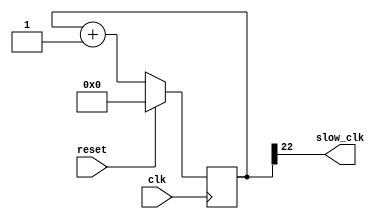
`timescale 1ns / 1ps
//////////////////////////////////////////////////////////////////////////////////
// Company: 
// Engineer: 
// 
// Design Name: 
// Module Name: clk_div_an1
// Project Name: 
// Target Devices: 
// Tool Versions: 
// Description: 
// 
// Dependencies: 
// 
// Revision:
// Revision 0.01 - File Created
// Additional Comments:
// 
//////////////////////////////////////////////////////////////////////////////////


module clk_div_an1(
    input clk,
    input reset,
    output slow_clk
    );
    
    reg [22:0] COUNT;      //use 2 for simulation and 26 for board 
    
    assign slow_clk=COUNT[22]; //use 2 for simulation and 26 for board 
    
    always @( posedge clk)
    begin 
    if (reset)
        COUNT = 0;
    else 
        COUNT = COUNT + 1;
    end
endmodule